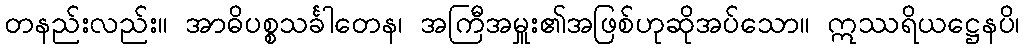
တနည်းလည်း။ အာဓိပစ္စသင်္ခါတေန၊ အကြီအမှူး၏အဖြစ်ဟုဆိုအပ်သော။ ဣဿရိယဋ္ဌေနပိ၊